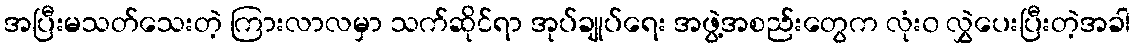
အပြီးမသတ်သေးတဲ့ ကြားလာလမှာ သက်ဆိုင်ရာ အုပ်ချုပ်ရေး အဖွဲ့အစည်းတွေက လုံး၀ လွှဲပေးပြီးတဲ့အခါ